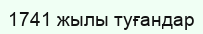
1741 жылы туғандар